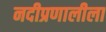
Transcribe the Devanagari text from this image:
नदीप्रणालीला